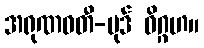
အရုဏဝတီ-ပုဒ် ဝိဂ္ဂဟ။